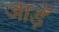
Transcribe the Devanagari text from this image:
जाड़ॅ